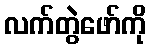
လက်တွဲဖော်ကို